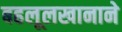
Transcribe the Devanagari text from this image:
बहलूलखानाने